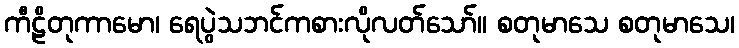
ကီဠိတုကာမော၊ ရေပွဲသဘင်ကစားလိုလတ်သော်။ စတုမာသေ စတုမာသေ၊